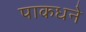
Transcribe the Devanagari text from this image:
पाकधने